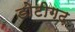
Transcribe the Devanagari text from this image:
डोटीगढ़